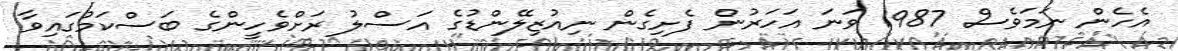
އެހެން ނަމަވެސް 1987 ވަނަ އަހަރުން ފެށިގެން ނިއުޒިލޭންޑުގެ އަސްލު ރަށްވެހީންގެ ބަސްކަމުގައިވާ